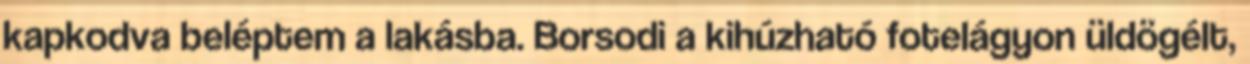
kapkodva beléptem a lakásba. Borsodi a kihúzható fotelágyon üldögélt,